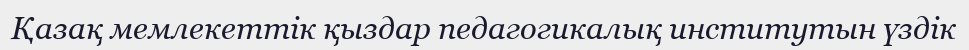
Қазақ мемлекеттік қыздар педагогикалық институтын үздік